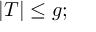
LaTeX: | T | \leq g ;